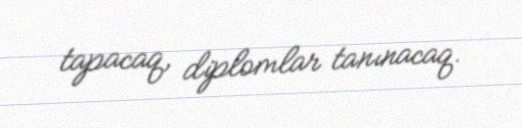
tapacaq, diplomlar tanınacaq.